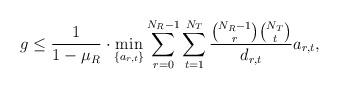
LaTeX: \begin{align*}g\le\frac{1}{1-\mu_R}\cdot\min_{\{a_{r,t}\}}\sum_{r=0}^{N_R-1}\sum_{t=1}^{N_T}\frac{\binom{N_R-1}{r}\binom{N_T}{t}}{d_{r,t}}a_{r,t},\end{align*}